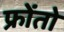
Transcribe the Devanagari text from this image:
फ्रोंतो